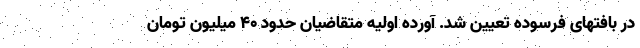
در بافتهای فرسوده تعیین شد. آورده اولیه متقاضیان حدود ۴۰ میلیون تومان